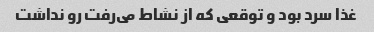
غذا سرد بود و توقعی که از نشاط می‌رفت رو نداشت